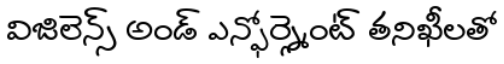
విజిలెన్స్ అండ్ ఎన్ఫోర్స్మెంట్ తనిఖీలతో